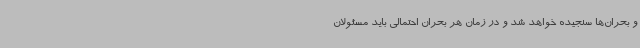
و بحران‌ها سنجیده خواهد شد و در زمان هر بحران احتمالی باید مسئولان